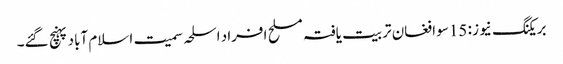
بریکنگ نیوز : 15سو افغان تربیت یافتہ مسلح افراد اسلحہ سمیت اسلام آباد پہنچ گئے۔